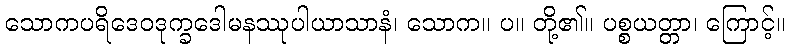
သောကပရိဒေဝဒုက္ခဒေါမနဿုပါယာသာနံ၊ သောက။ ပ။ တို့၏။ ပစ္စယတ္တာ၊ ကြောင့်။